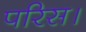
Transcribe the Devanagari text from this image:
परिस।